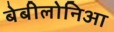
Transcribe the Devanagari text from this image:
बेबीलोनिआ